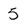
Character: 5